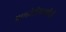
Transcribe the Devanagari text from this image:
पण्डीरीमामीदी